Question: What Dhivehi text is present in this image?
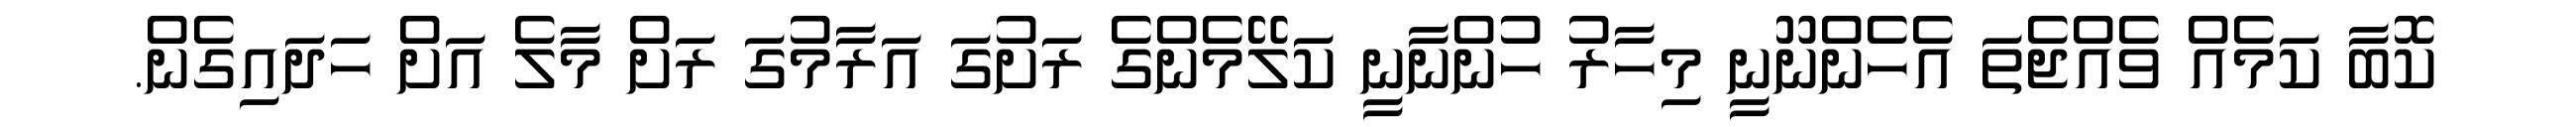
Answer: ކޮބާ ކަމެއް ވެއްޖެތަ އެހެންނޫނީ މިހާރު ހުންނާނީ ކަލޭމެންގެ ރަށުގަ އަރާމުގަ ރަށް މާލެ އަށް ހަދައިގެން.